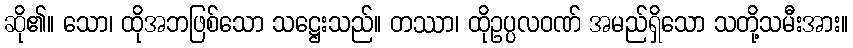
ဆို၏။ သော၊ ထိုအဘဖြစ်သော သဋ္ဌေးသည်။ တဿာ၊ ထိုဥပ္ပလဝဏ် အမည်ရှိသော သတို့သမီးအား။